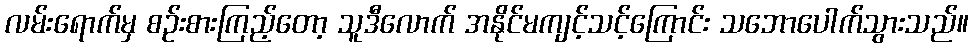
လမ်းရောက်မှ စဉ်းစားကြည့်တော့ သူဒီလောက် အနိုင်မကျင့်သင့်ကြောင်း သဘောပေါက်သွားသည်။